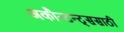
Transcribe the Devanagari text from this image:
अकौन्टन्ट्‌ससाठी